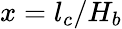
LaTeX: x=l_{c}/H_{b}